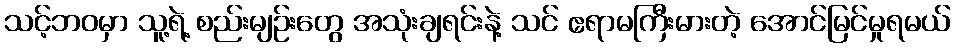
သင့်ဘဝမှာ သူ့ရဲ့ စည်းမျဉ်းတွေ အသုံးချရင်းနဲ့ သင် ဧရာမကြီးမားတဲ့ အောင်မြင်မှုရမယ်